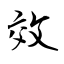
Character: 效